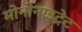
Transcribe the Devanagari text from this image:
मोनोनाइट्रेट